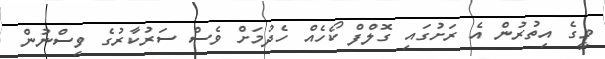
މީގެ އިތުރުން އެ ރަށުގައި ގޮލްފް ކޯހެއް ހެދުމަށް ވެސް ސަރުކާރުގެ ވިސްނުން